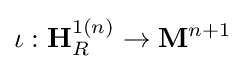
\iota :\mathbf {H} _{R}^{1(n)}\rightarrow \mathbf {M} ^{n+1}